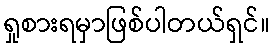
ရှုစားရမှာဖြစ်ပါတယ်ရှင်။